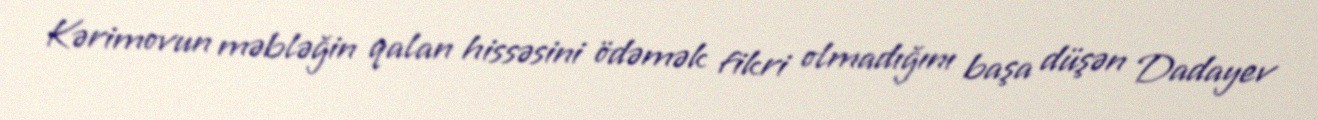
Kərimovun məbləğin qalan hissəsini ödəmək fikri olmadığını başa düşən Dadayev